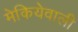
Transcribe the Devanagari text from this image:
मेकियेवाली